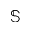
\mathbb { S }